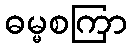
ဓမ္မစကြာ